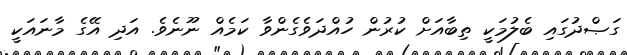
ގަޞްދުގައި ބެލުމަކީ ތިބާއަށް ކުރުން ހުއްދަވެގެންވާ ކަމެއް ނޫނެވެ. އަދި އޭގެ މާނައަކީ